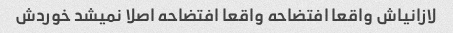
لازانیاش واقعا افتضاحه واقعا افتضاحه اصلا نمیشد خوردش